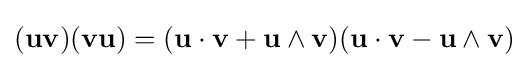
(\mathbf {u} \mathbf {v} )(\mathbf {v} \mathbf {u} )=({\mathbf {u} \cdot \mathbf {v} }+{\mathbf {u} \wedge \mathbf {v} })({\mathbf {u} \cdot \mathbf {v} }-{\mathbf {u} \wedge \mathbf {v} })